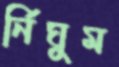
র্নিঘুম